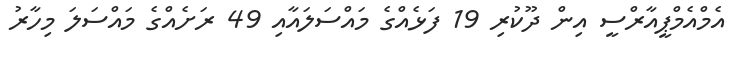
އެމްއެމްޕީއާރްސީ އިން ދޫކުރި 19 ފަޅެއްގެ މައްސަލައާއި 49 ރަށެއްގެ މައްސަލަ މިހާރު